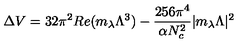
\Delta V = 3 2 \pi ^ { 2 } R e ( m _ { \lambda } \Lambda ^ { 3 } ) - { \frac { 2 5 6 \pi ^ { 4 } } { \alpha N _ { c } ^ { 2 } } } | m _ { \lambda } \Lambda | ^ { 2 }